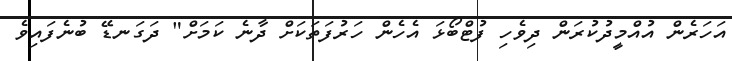
އަހަރެން އުއްމީދުކުރަން ދިވެހި ފުޓްބޯޅަ އެހެން ހަރުފަތަކަށް ދާނެ ކަމަށް" ދަގަނޑޭ ބުނެފައިވެ